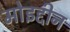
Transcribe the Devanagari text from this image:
मोइद्दीन